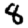
Digit: 8